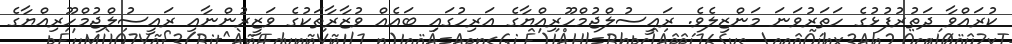
ކުރައްވާ ދަތުރުފުޅުގެ ހަތަރުވަނަ މަންޒިލެވެ. ރައީސުލްޖުމްހޫރިއްޔާގެ އަރިހުގައި ބައެއް ވުޒާރާތަކުގެ ވަޒީރުންނާއި ރައީސުލްޖުމްހޫރިއްޔާގެ